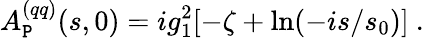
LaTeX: A_{\cal\mathtt{P}}^{(qq)}(s,0)=ig_{1}^{2}[-\zeta+\ln(-is/s_{0})]\ .